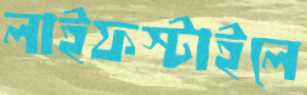
লাইফস্টাইলে